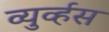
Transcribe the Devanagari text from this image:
व्युर्व्हस